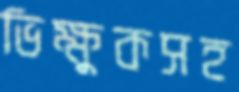
ভিক্ষুকসহ